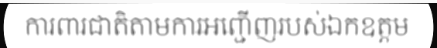
ការពារជាតិតាមការអញ្ជើញរបស់ឯកឧត្តម